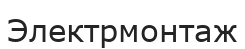
Электрмонтаж